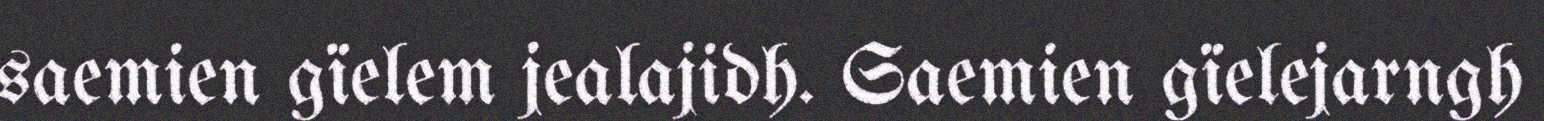
saemien gïelem jealajidh. Saemien gïelejarngh